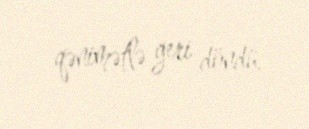
qənimətlə geri döndü.